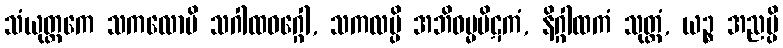
သံယုတ္တကေ သကလောပိ သဂါထဝဂ္ဂေါ, သကလမ္ပိ အဘိဓမ္မပိဋကံ, နိဂ္ဂါထကံ သုတ္တံ, ယဉ္စ အညမ္ပိ